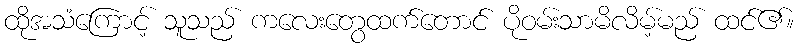
ထိုအသံကြောင့် သူသည် ကလေးတွေထက်တောင် ပိုဝမ်းသာမိလိမ့်မည် ထင်၏။